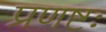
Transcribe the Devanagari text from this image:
प्रणष्टः